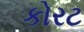
કોરટ